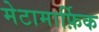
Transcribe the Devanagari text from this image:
मेटामार्फ़िक